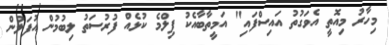
މިހާރު މިއޮތީ އެވަގުތު އައިސްފައި" އަމީތާބާއެކު ފިލްމެ ކުޅެއް ފުރުސަތު ލިބުމުން އުފަލުން